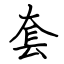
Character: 套